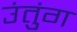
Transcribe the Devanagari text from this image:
उंतुंग